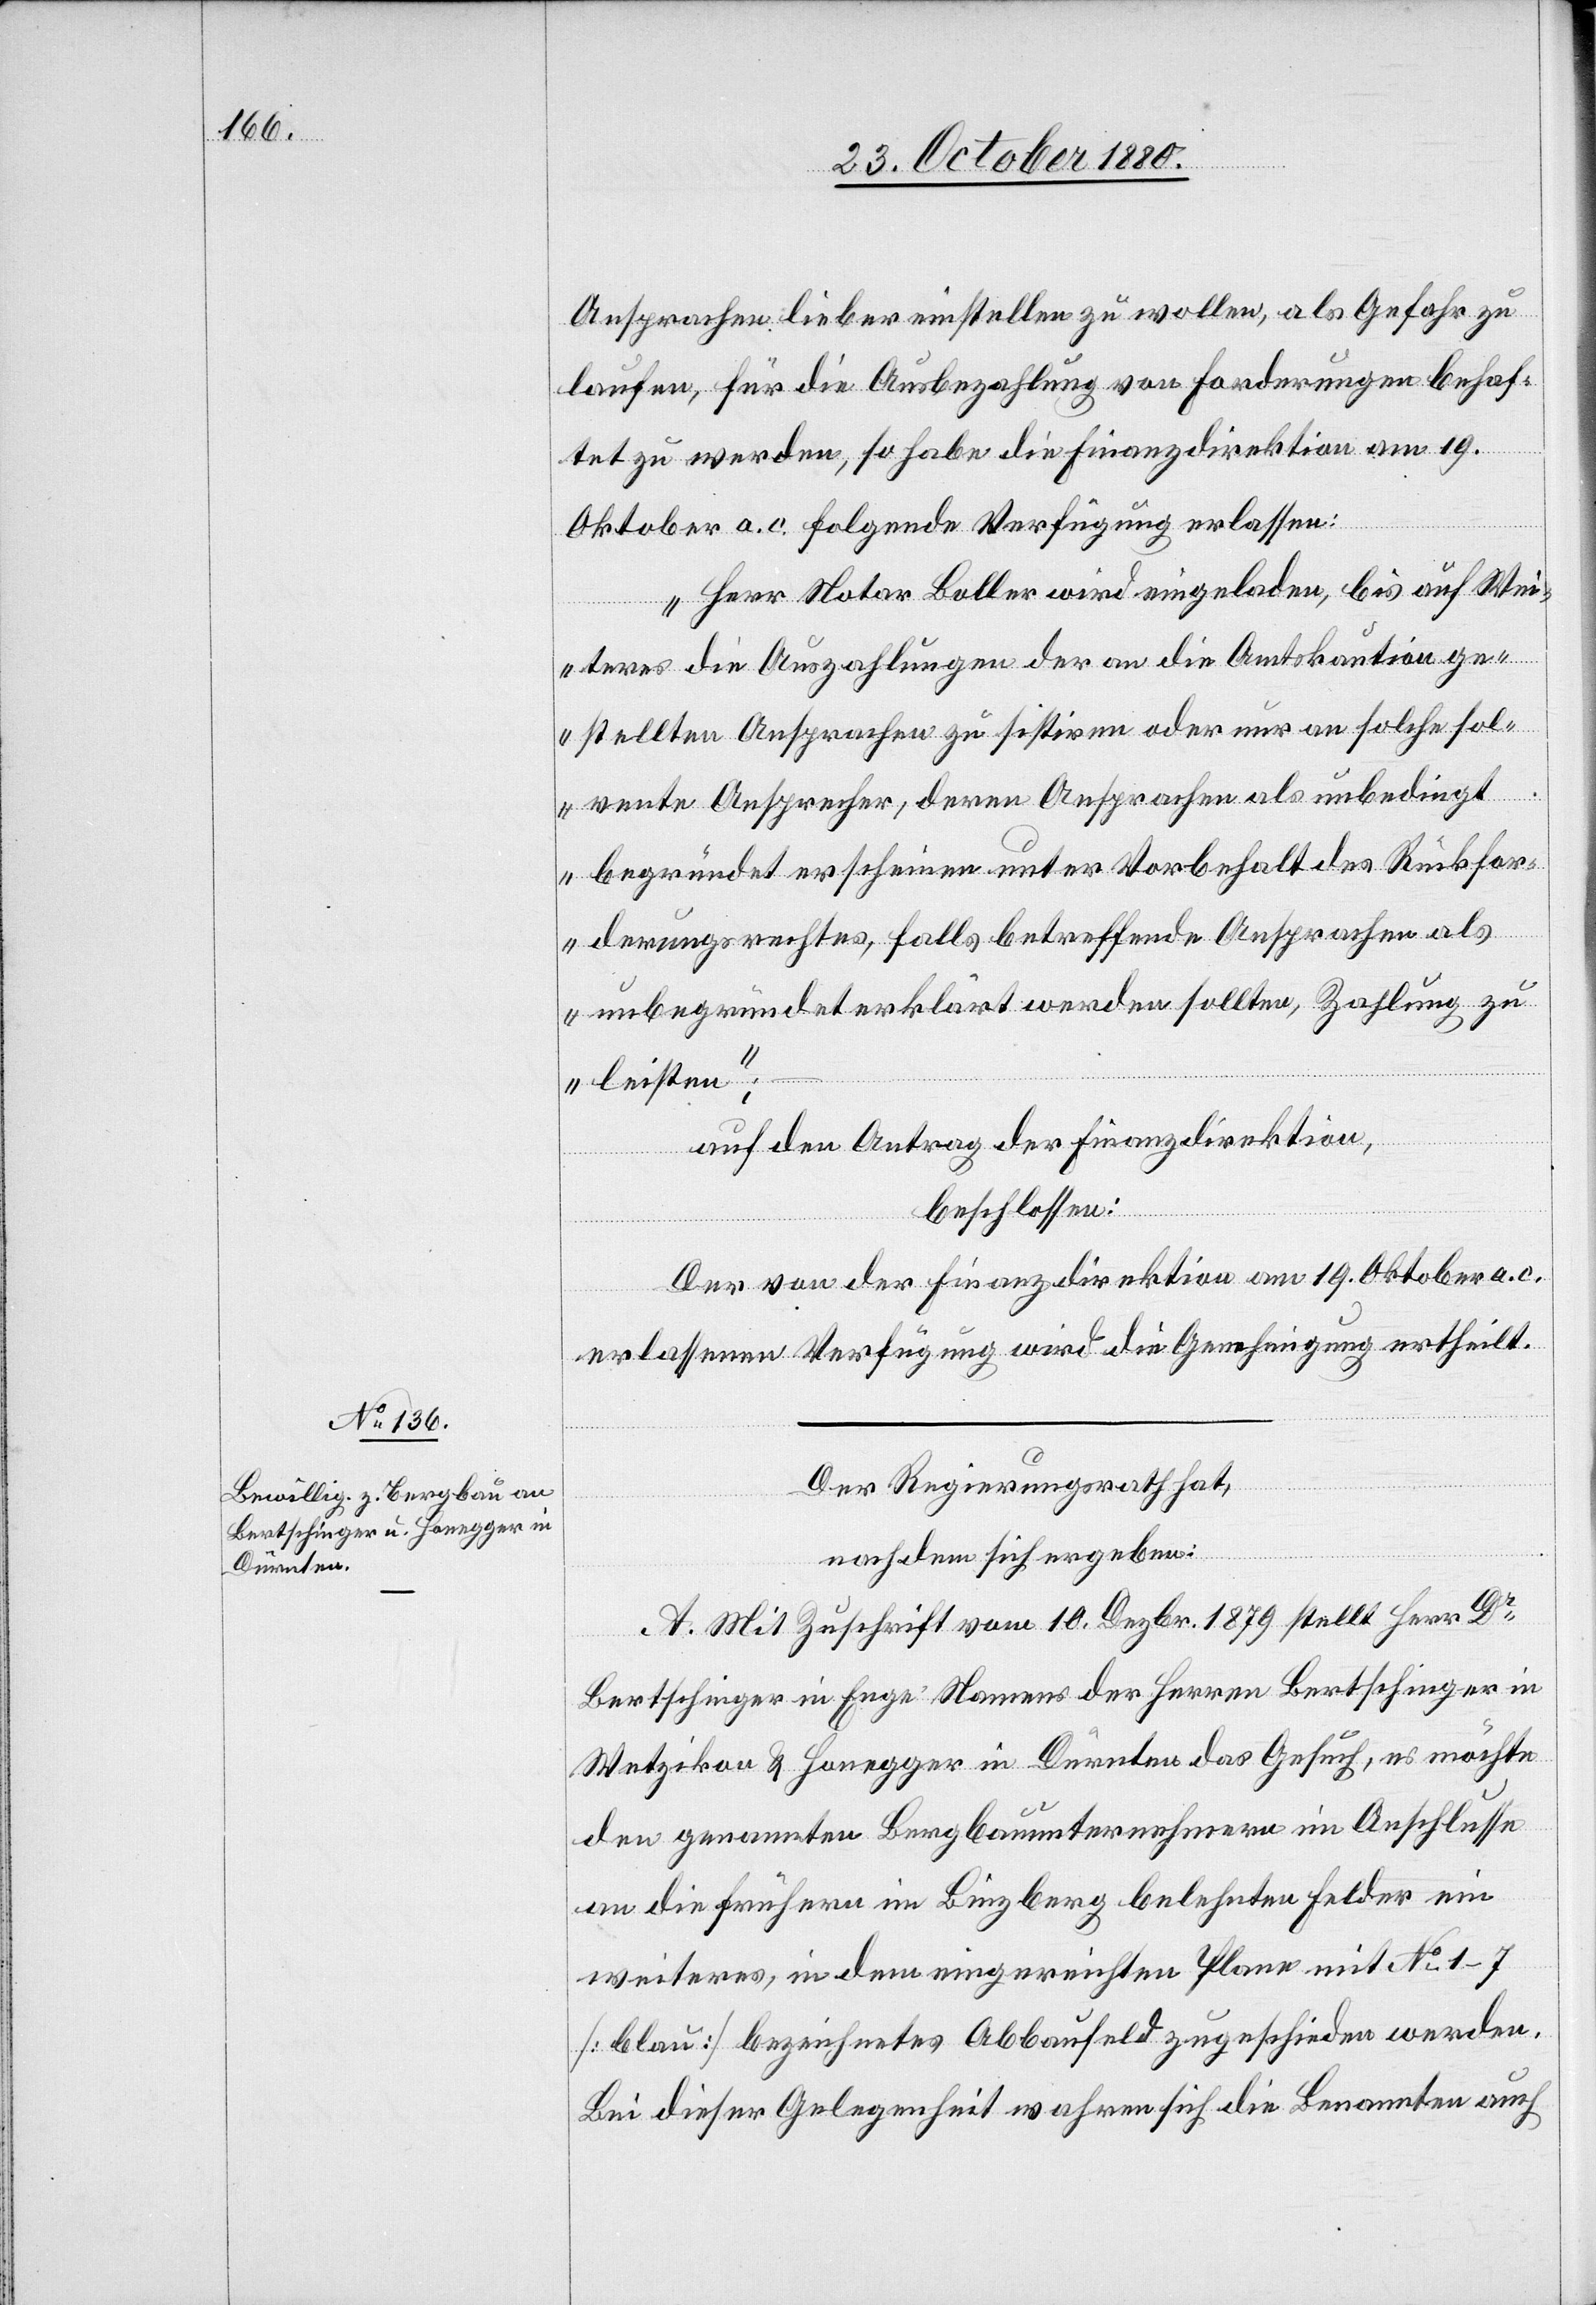
Ansprachen lieber einstellen zu wollen, als Gefahr zu
laufen, für die Ausbezahlung von Forderungen behaf¬
tet zu werden, so habe die Finanzdirektion am 19.
Oktober a. c. folgende Verfügung erlassen:
„Herr Notar Boller wird eingeladen, bis auf Wei¬
teres die Auszahlungen der an die Amtskaution ge¬
stellten Ansprachen zu sistiren oder nur an solche sol¬
vente Ansprecher, deren Ansprachen als unbedingt
begründet erschienen unter Vorbehalt des Rückfor¬
derungsrechtes, falls betreffende Ansprachen als
unbegründet erklärt werden sollten, Zahlung zu
leisten;“
auf den Antrag der Finanzdirektion,
beschlossen:
Der von der Finanzdirektion am 19. Oktober a. c.
erlassenen Verfügung wird die Genehmigung ertheilt.
Der Regierungsrath hat,
nachdem sich ergeben:
A. Mit Zuschrift vom 10. Dezbr. 1879 stellt Herr Dr
Bertschinger in Enge Namens der Herren Bertschinger in
Wetzikon & Honegger in Dürnten das Gesuch, es möchte
den genannten Bergbauunternehmern im Anschlusse
an die frühern im Binzberg belehnten Felder ein
weiteres, in dem eingereichten Plane mit No 1–7
[blau] bezeichneten Abbaufeld zugeschieden werden.
Bei dieser Gelegenheit wahren sich die Beamten auch